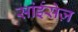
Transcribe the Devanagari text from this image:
सांईसेज़